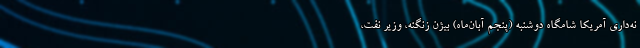
نه‌داری آمریکا شامگاه دوشنبه (پنجم آبان‌ماه) بیژن زنگنه، وزیر نفت،